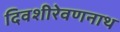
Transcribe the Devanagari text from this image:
दिवशीरेवणनाथ